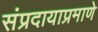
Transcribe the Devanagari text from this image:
संप्रदायाप्रमाणे